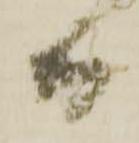
而